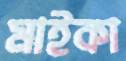
মাইকা